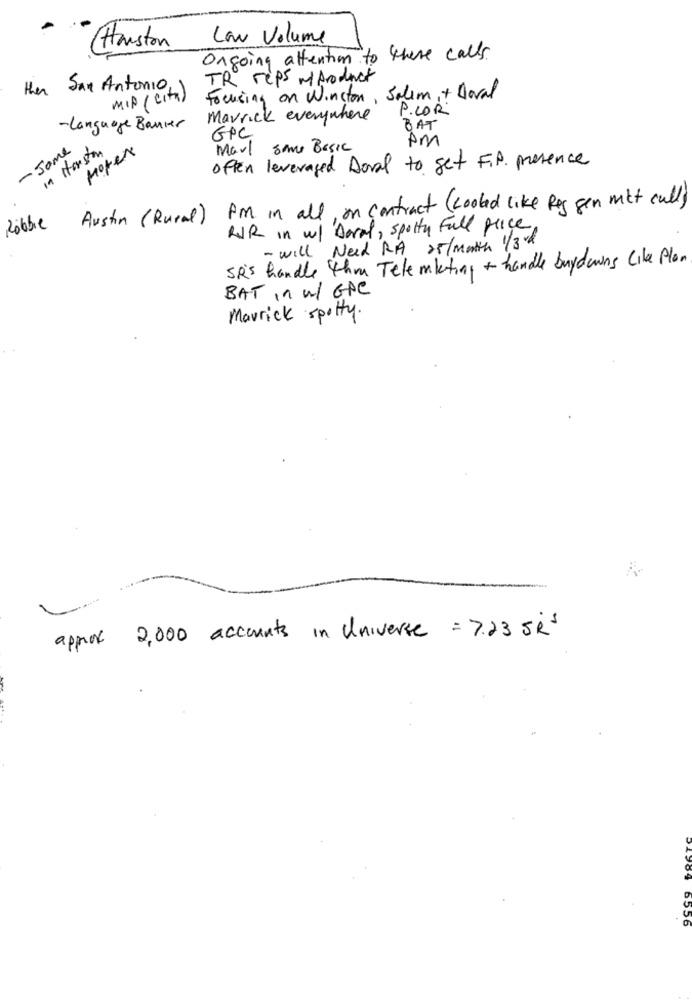
Low Volume
( Houston
Ongoing attention to there calls.
TR reps m prodnet
then San Antonio, 1
MID (cita)
Focusing on Winston Salem,+ Doval
P.LOR
Marrick everywhere
-Language Banner
BAT
GPC
pm
102
- Some
in Houston
Moter
Marl some Basic
often leveraged Doval to get F.P. presence
Am in all, on contract (cooled like Reg gen mit cally
Robbie
Austin (Rural)
WIR in w/ Doral, spotty Full price,
- will Need RA 25/month 1/3d
SR'S handle thou Telemketing + handle buydowns Like Plon
BAT In W/ GPC
Maurick spotty.
approx 2,000 accounts in Universe = 7.23 5ks
acco